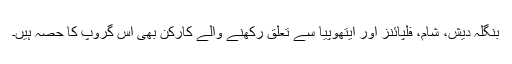
بنگلہ دیش، شام، فلپائنز اور ایتھوپیا سے تعلق رکھنے والے کارکن بھی اس گروپ کا حصہ ہیں۔